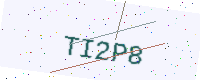
Text: TI2P8